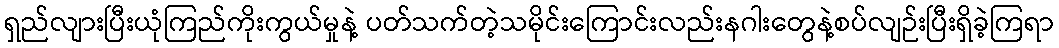
ရှည်လျားပြီးယုံကြည်ကိုးကွယ်မှုနဲ့ ပတ်သက်တဲ့သမိုင်းကြောင်းလည်းနဂါးတွေနဲ့စပ်လျဉ်းပြီးရှိခဲ့ကြရာ